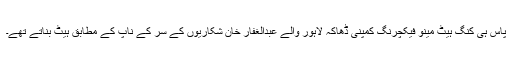
پاس ہی کنگ ہیٹ مینو فیکچرنگ کمپنی ڈھاکہ لاہور والے عبدالغفار خان شکاریوں کے سر کے ناپ کے مطابق ہیٹ بناتے تھے۔